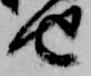
せ